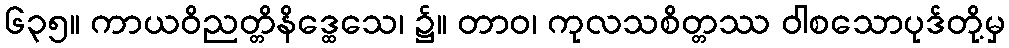
၆၃၅။ ကာယဝိညတ္တိနိဒ္ထေသေ၊ ၌။ တာဝ၊ ကုလသစိတ္တဿ ဝါစသောပုဒ်တို့မှ